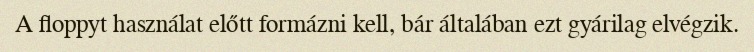
A floppyt használat előtt formázni kell, bár általában ezt gyárilag elvégzik.